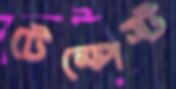
টেম্পেস্ট